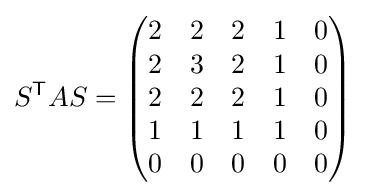
S^{\mathsf {T}}AS={\begin{pmatrix}2&2&2&1&0\\2&3&2&1&0\\2&2&2&1&0\\1&1&1&1&0\\0&0&0&0&0\end{pmatrix}}